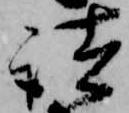
諸